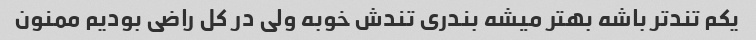
یکم تند‌تر باشه بهتر میشه بندری تندش خوبه ولی در کل راضی بودیم ممنون